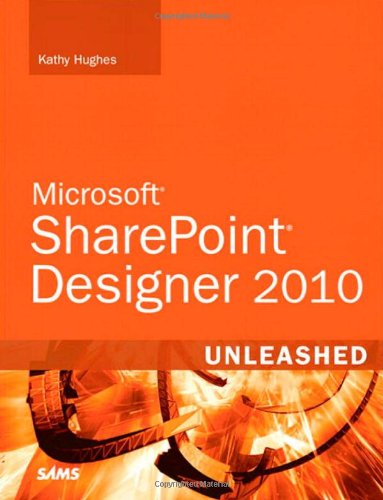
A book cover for SharePoint Designer 2010 Unleashed; Kathy Hughes; Computers & Technology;